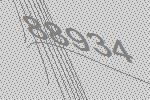
88934